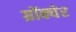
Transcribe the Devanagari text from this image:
ग्रोंक्येर